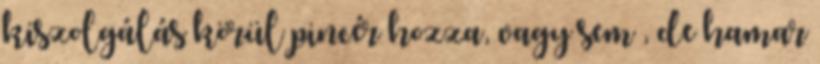
kiszolgálás körül pincér hozza, vagy sem , de hamar